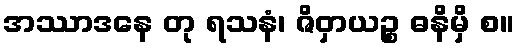
အဿာဒနေ တု ရသနံ၊ ဇိဝှာယဉ္စ ဓနိမှိ စ။